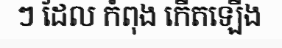
ៗ ដែល កំពុង កើតឡើង